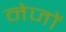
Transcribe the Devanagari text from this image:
नेजों